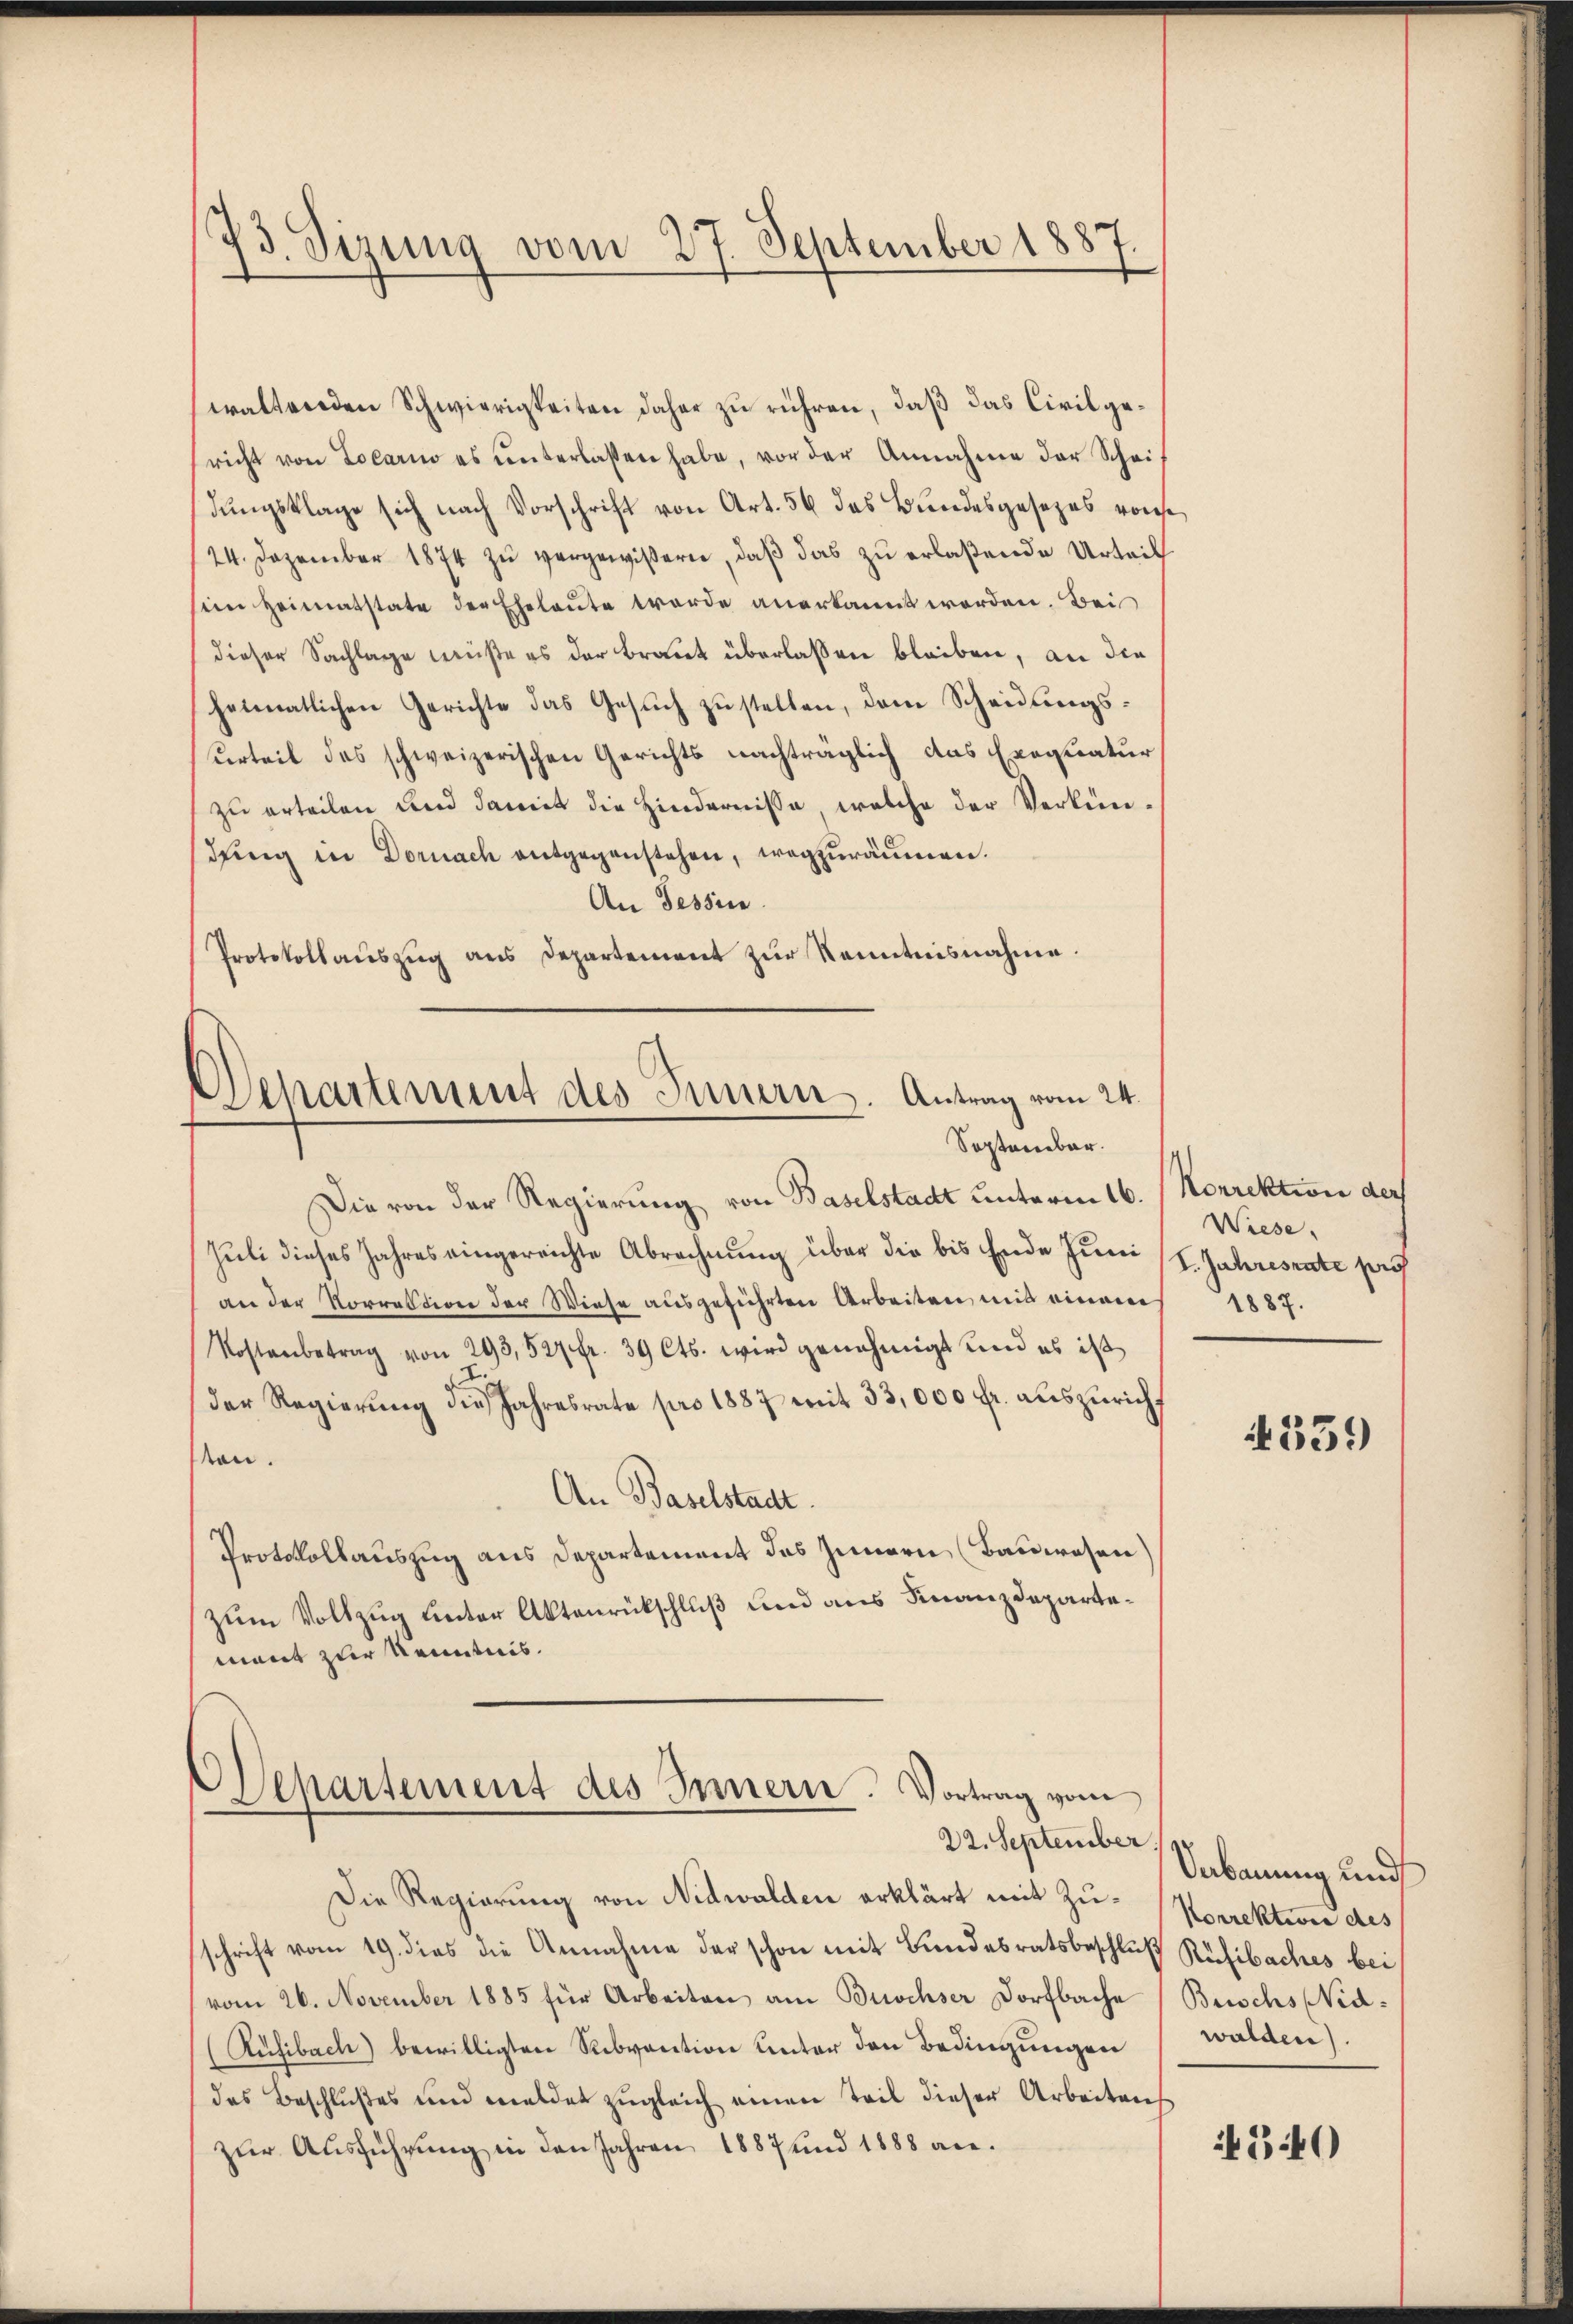
73. Sizung vom 27. September 1887.

waltenden Schwierigkeiten daher zu rühren, daß das Civilgesricht von Locarno es ŭnterlassen habe, vor der Annahme der Scheidungsklage sich nach Vorschrift von Art. 56 das Bundesgesezes vonse
24. Dezember 1874 zŭ vergewißern, daß das zu erlaßende Urteil
sein Heimatstate der Eheleute werde anerkannt worden. Bei
dieser Sachlage müße es der Braut überlassen bleiben, an die
heimatlichen Gerichte das Gesuch zustellen, dem Scheidungsurteil des schweizerischen Gerichts nachträglich das Exequatur
zu erteilen und damit die Hindernisse, welche der Verkündung in Dornach entgegenstehen, wegzuräumen.
An Tessin.
Protokollaŭszŭg ans Departement zŭr Kenntnisnahme.

Departement des Innern. Antrag vom 24.
September.

Die von der Regierung von Baselstadt unterm 16. Norrektion der
Juli dieses Jahres eingereichte Abrechnung über die bis Ende Juni l. Jahresrate prof
an der Vorrektion der Wiese ausgeführten Arbeiten mit einem
Kostenbetrag von 293, 527 fr. 39 Cts. wird genehmigt und es ist
der Regierŭng die Jahresrate pro 1887 mit 33,000 fr. auszuricht
ton.
An Baselstadt.
Protokollauszug aus Departement des Innern (Bauwesen)
zum Vollzug unter Aktenrückschluß und aus Finanzdepartemant zur Kenntnis.

Departement des Innern. Vortrag vom
22. September.

Die Regierung von Nidwalden erklärt mit Zu- Korrektion des
schrift vom 19. dies die Annahme der schon mit Bundesratsbeschluß Rüfibaches bei
vom 26. November 1885 für Arbeiten am Buschser Dorfbache Buschs Nid¬
Rüsibach) bewilligten Rubvention unter den Bedingungen
das Beschlußes und meldet zugleich einen Teil dieser Arbeitens
zur Ausführung in den Jahren 1887 und 1888 an¬

Wiese,
1887.

A 359

Anbauung und
walden).

4340